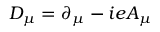
D _ { \mu } = \partial _ { \mu } - i e A _ { \mu }